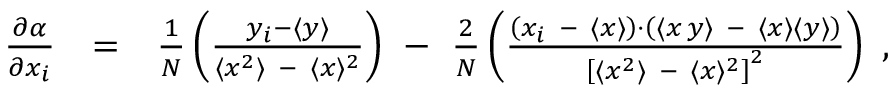
\begin{array} { r l r } { { \frac { \partial \alpha } { \partial \/ x _ { i } } } } & { = } & { { \frac { 1 } { N } } \left( \frac { y _ { i } - \langle { y } \rangle } { \langle { x } ^ { 2 } \rangle \ - \ \langle { x } \rangle \/ ^ { 2 } } \right) \ - \ { \frac { 2 } { N } } \left( \frac { \left( x _ { i } \ - \ \langle { x } \rangle \right) \cdot \left( \langle { x \, y } \rangle \ - \ \langle { x } \rangle \langle { y } \rangle \right) } { \left[ \langle { x } ^ { 2 } \rangle \ - \ \langle { x } \rangle \/ ^ { 2 } \right] ^ { 2 } } \right) \ , } \end{array}